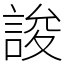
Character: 誜